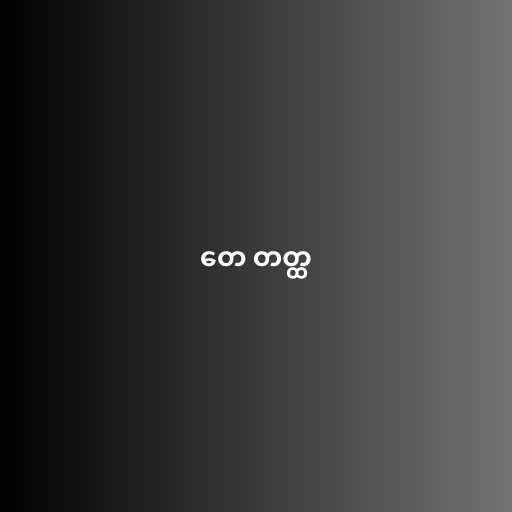
တေ တတ္ထ